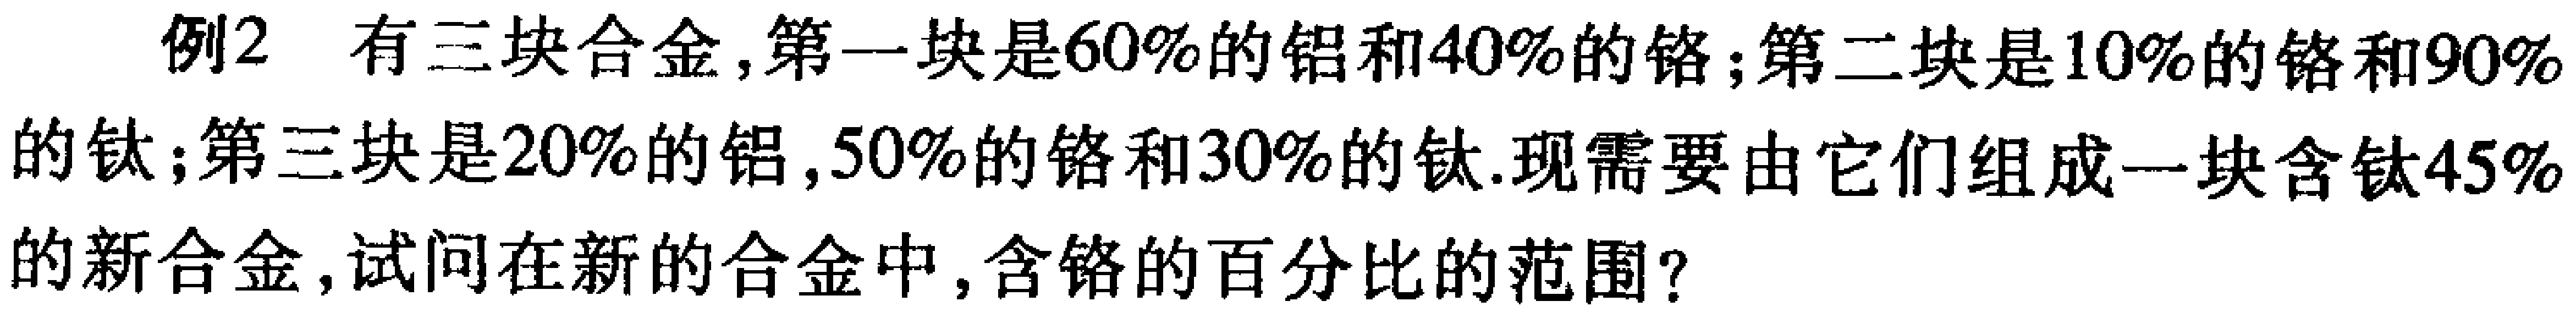
例2 有三块合金,第一块是60%的铝和40%的铬；第二块是10%的铬和90%的钛；第三块是20%的铝,50%的铬和30%的钛.现需要由它们组成一块含钛45%的新合金,试问在新的合金中,含铬的百分比的范围?